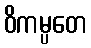
ဝိကမ္ပတေ